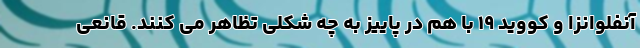
آنفلوانزا و کووید ۱۹ با هم در پاییز به چه شکلی تظاهر می کنند. قانعی